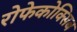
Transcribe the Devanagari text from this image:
रोफेकोक्सिब